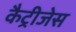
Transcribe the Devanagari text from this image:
कैट्रीजेस